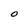
Character: O